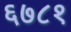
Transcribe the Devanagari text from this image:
६७८१